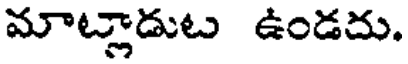
మాట్లాడుట ఉండదు.